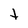
Character: t